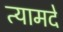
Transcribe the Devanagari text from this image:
त्यामदे